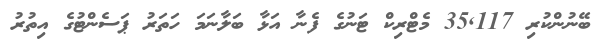
ބޭނުންކުރި 35